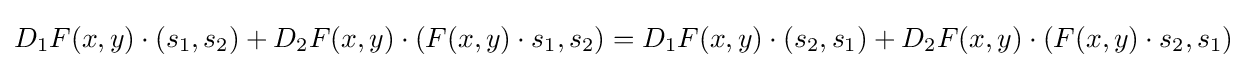
D_{1}F(x,y)\cdot (s_{1},s_{2})+D_{2}F(x,y)\cdot (F(x,y)\cdot s_{1},s_{2})=D_{1}F(x,y)\cdot (s_{2},s_{1})+D_{2}F(x,y)\cdot (F(x,y)\cdot s_{2},s_{1})